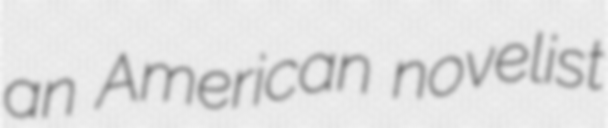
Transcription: an American novelist